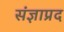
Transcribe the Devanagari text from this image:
संज्ञाप्रद